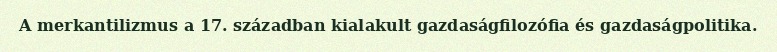
A merkantilizmus a 17. században kialakult gazdaságfilozófia és gazdaságpolitika.